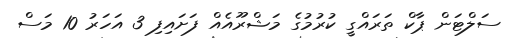
ސަލްޓަން ޕާކް ތަރައްގީ ކުރުމުގެ މަޝްރޫއެއް ފަށައިފި 3 އަހަރު 10 މަސް